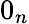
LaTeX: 0_{n}